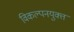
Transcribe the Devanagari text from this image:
विकल्पनयुक्त